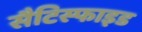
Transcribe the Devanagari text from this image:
सैटिस्फाइड